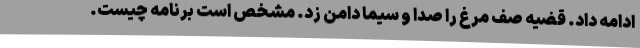
ادامه داد. قضیه صف مرغ را صدا و سیما دامن زد. مشخص است برنامه چیست.